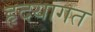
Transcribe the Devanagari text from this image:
हृदयागत